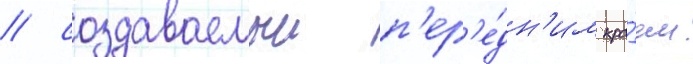
/ создаваемыи п'ер'е́дн'им кра́ем